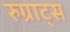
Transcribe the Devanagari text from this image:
रुग्राट्स